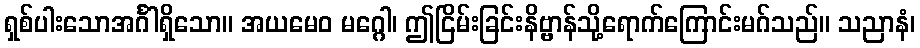
ရှစ်ပါးသောအင်္ဂါရှိသော။ အယမေဝ မဂ္ဂေါ၊ ဤငြိမ်းခြင်းနိဗ္ဗာန်သို့ရောက်ကြောင်းမဂ်သည်။ သညာနံ၊